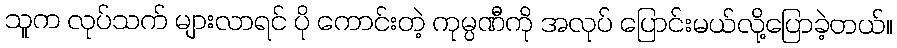
သူက လုပ်သက် များလာရင် ပို ကောင်းတဲ့ ကုမ္ပဏီကို အလုပ် ပြောင်းမယ်လို့ပြောခဲ့တယ်။